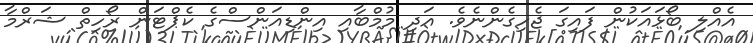
އެއްލި ބޯޅައަކުން ފައިގަ ޖެހިގެންނެވެ. އަދި މުމްބާއި އިންޑިއަންސްގެ ކެޕްޓަން ރޯހިތް ޝަރްމާ